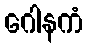
ဂေါနကံ